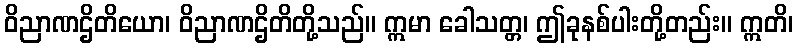
ဝိညာဏဌိတိယော၊ ဝိညာဏဌိတိတို့သည်။ ဣမာ ခေါသတ္တ၊ ဤခုနစ်ပါးတို့တည်း။ ဣတိ၊